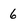
Character: 6